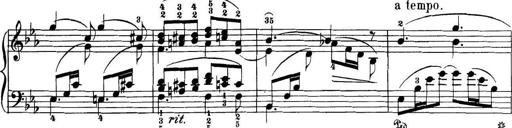
Title: 32 Sonatinas and Rondos for the Piano
Composer: Richard Kleinmichel